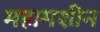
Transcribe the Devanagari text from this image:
महामशीन